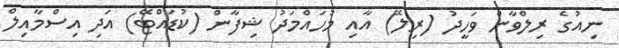
ނިއުގެ ރިލްވާން ވަހީދު (ރިލޭ) އާއި މުހައްމަދު ޝިފާން (ކުޑައްޓޭ) އަދި އިސްމާއިލް